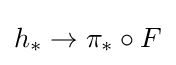
h_{*}\to \pi _{*}\circ F